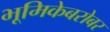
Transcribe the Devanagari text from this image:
भूमिकेबरोबर